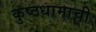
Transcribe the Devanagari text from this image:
कुष्ठधामाची